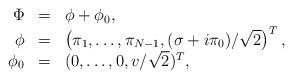
LaTeX: \begin{align*}\begin{array}{rcl}\Phi&=&\phi+\phi_0,\\\phi&=&\left(\pi_1,\dots,\pi_{N-1},(\sigma+i\pi_0)/\sqrt{2}\right)^T,\\\phi_0&=&(0,\dots,0,v/\sqrt{2})^T,\end{array}\end{align*}